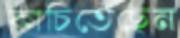
কাচিতেছেন